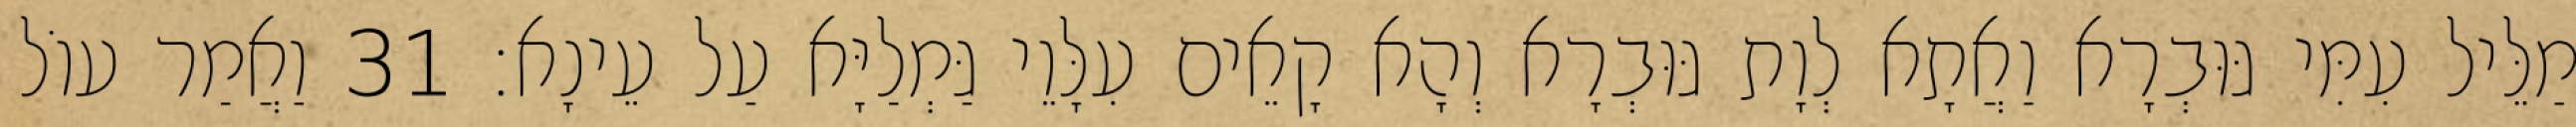
מַלֵּיל עִמִּי גּוּבְרָא וַאֲתָא לְוָת גּוּבְרָא וְהָא קָאֵים עִלָּוֵי גַּמְלַיָּא עַל עֵינָא׃ 31 וַאֲמַר עוֹל